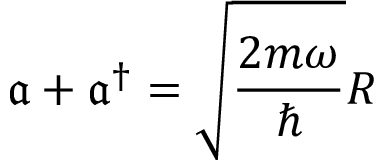
{ \mathfrak { a } + \mathfrak { a } ^ { \dagger } = \sqrt { \frac { 2 m \omega } { \hbar } } R }